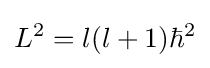
L^{2}=l(l+1)\hbar ^{2}